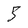
Character: 5